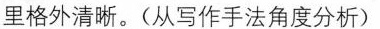
里格外清晰。(从写作手法角度分析)